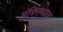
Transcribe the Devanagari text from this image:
मंत्रिमण्‍डल